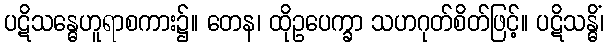
ပဋိသန္ဓေဟူရာစကား၌။ တေန၊ ထိုဥပေက္ခာ သဟဂုတ်စိတ်ဖြင့်။ ပဋိသန္ဓိံ၊